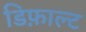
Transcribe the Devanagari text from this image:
डिफ़ाल्ट